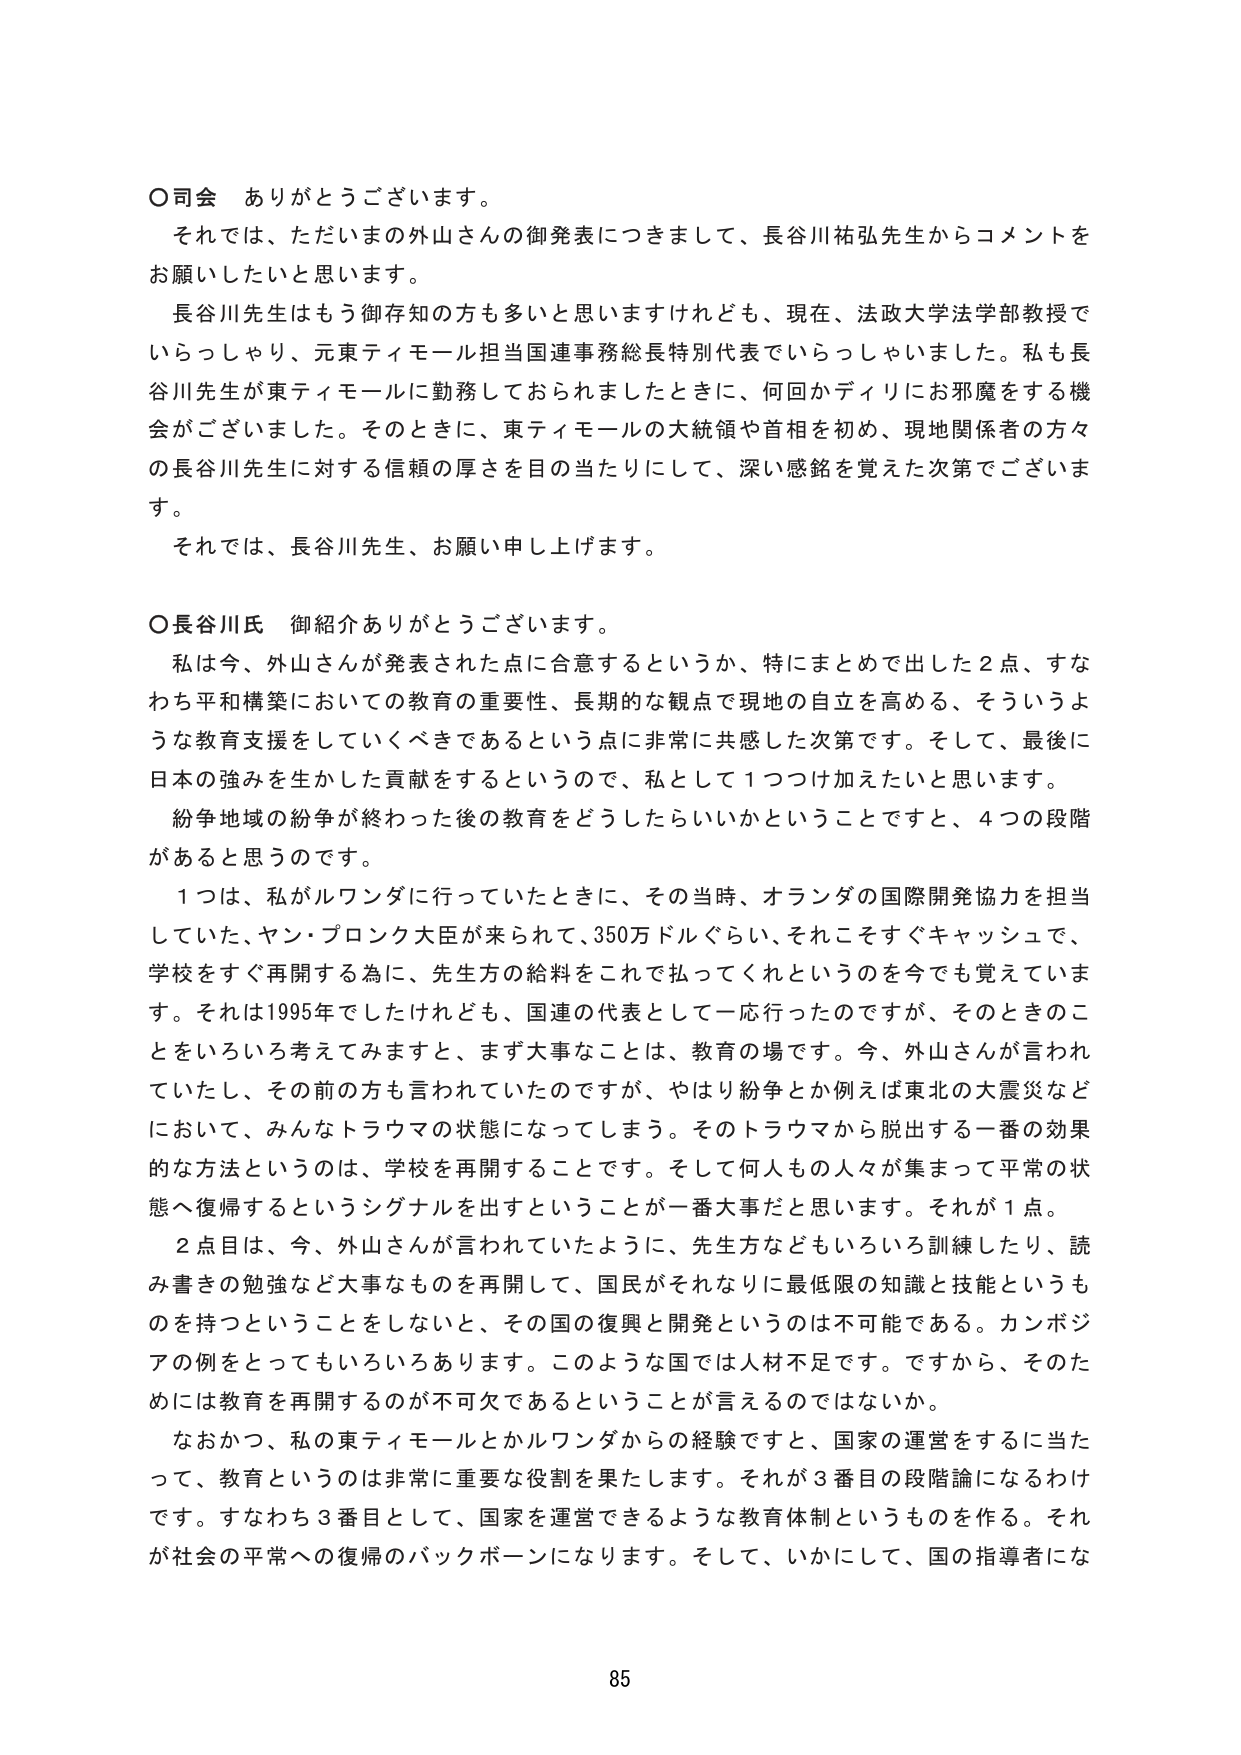
〇司会 ありがとうございます。
それでは、ただいまの外山さんの御発表につきまして、長谷川祐弘先生からコメントをお願いしたいと思います。
長谷川先生はもう御存知の方も多いと思いますけれども、現在、法政大学法学部教授でいらっしゃり、元東ティモール担当国連事務総長特別代表でいらっしゃいました。私も長谷川先生が東ティモールに勤務しておられたときに、何回かディリにお邪魔をする機会がございました。そのときに、東ティモールの大統領や首相を初め、現地関係者の方々の長谷川先生に対する信頼の厚さを目の当たりにして、深い感銘を覚えた次第でございます。
それでは、長谷川先生、お願い申し上げます。

〇長谷川氏 御紹介ありがとうございます。
私は今、外山さんが発表された点に合意するというか、特にまとめて出した２点、すなわち平和構築においての教育の重要性、長期的な観点で現地の自立を高める、そういうような教育支援をしていくべきであるという点に非常に共感した次第です。そして、最後に日本の強みを生かした貢献をするというので、私として１つつけ加えたいと思います。
紛争地域の紛争が終わった後の教育をどうしたらいいかということですと、４つの段階があると思うのです。
１つは、私がルワンダに行っていたときに、その当時、オランダの国際開発協力を担当していた、ヤン・ブロンク大臣が来られて、350万ドルぐらい、それこそすぐキャッシュで、学校をすぐ再開する為に、先生方の給料をこれで払ってくれというのを今でも覚えています。それは1995年でしたけれども、国連の代表として一応行ったのですが、そのときのことをいろいろ考えてみますと、まず大事なことは、教育の場です。今、外山さんが言われていたし、その前の方も言われていたのですが、やはり紛争とか例えば東北の大地震などにおいて、みんなトラウマの状態になってしまう。そのトラウマから脱出する一番の効果的な方法というのは、学校を再開することです。そして何人もの人々が集まって平常の状態へ復帰するというシグナルを出すということが一番大事だと思います。それが１点。
２点目は、今、外山さんが言われていたように、先生方などもいろいろ訓練したり、読み書きの勉強など大事なものを再開して、国民がそれなりに最低限の知識と技能というも のを持つということをしないと、その国の復興と開発というのは不可能である。カンボジアの例をとってもいろいろあります。このような国では人材不足です。ですから、そのためには教育を再開するのが不可欠であるということが言えるのではないか。
なおかつ、私の東ティモールとかルワンダからの経験ですと、国家の運営をするに当たって、教育というのは非常に重要な役割を果たします。それが３番目の段階論になるわけです。すなわち３番目として、国家を運営できるような教育体制というものを作る。それが社会の平常への復帰のバックボーンになります。そして、いかにして、国の指導者にな

85